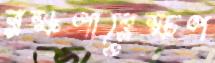
রক্ষণারেক্ষণ